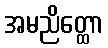
အမညိတ္ထော